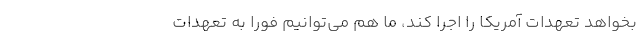
بخواهد تعهدات آمریکا را اجرا کند، ما هم می‌توانیم فورا به تعهدات